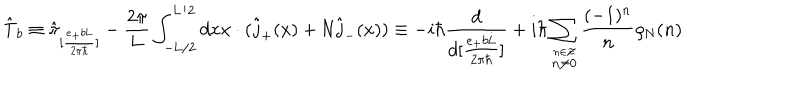
\hat { \mathrm { T } } _ { b } \equiv \hat { \pi } _ { [ \frac { e _ { + } b \mathrm { L } } { 2 { \pi } { \hbar } } ] } - \frac { 2 \pi } { 2 \pi } { L } \int _ { - \mathrm { L } / 2 } ^ { \mathrm { L } / 2 } d x x \cdot ( \hat { j } _ { + } ( x ) + \mathrm { N } \hat { j } _ { - } ( x ) ) \equiv - i \hbar \frac { d } { d [ \frac { e _ { + } b \mathrm { L } } { 2 { \pi } { \hbar } } ] } + i { \hbar } \sum _ { \stackrel { n \in \cal Z } { n \neq 0 } } \frac { ( - 1 ) ^ { n } } { n } \rho _ { \mathrm { N } } ( n )